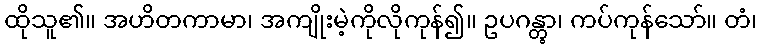
ထိုသူ၏။ အဟိတကာမာ၊ အကျိုးမဲ့ကိုလိုကုန်၍။ ဥပဂန္တွာ၊ ကပ်ကုန်သော်။ တံ၊